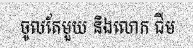
ចូលតែមួយ និងលោក ជីម